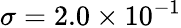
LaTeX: \sigma=2.0\times 10^{-1}